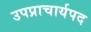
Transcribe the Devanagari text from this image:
उपप्राचार्यपद